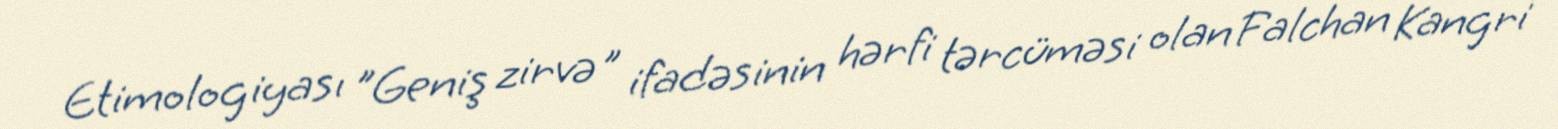
Etimologiyası "Geniş zirvə" ifadəsinin hərfi tərcüməsi olan Falchan Kangri